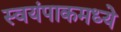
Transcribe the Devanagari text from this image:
स्वयंपाकमध्ये